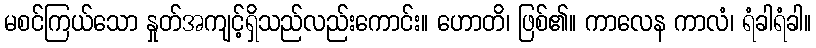
မစင်ကြယ်သော နှုတ်အကျင့်ရှိသည်လည်းကောင်း။ ဟောတိ၊ ဖြစ်၏။ ကာလေန ကာလံ၊ ရံခါရံခါ။